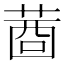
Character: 𦴖